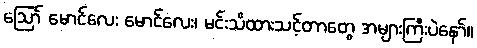
ဪ မောင်လေး မောင်လေး၊ မင်းသိထားသင့်တာတွေ အများကြီးပဲနော်။